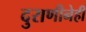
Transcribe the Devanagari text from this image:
दुराणीनेही